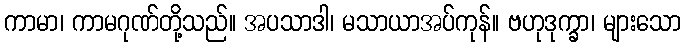
ကာမာ၊ ကာမဂုဏ်တို့သည်။ အပသာဒါ၊ မသာယာအပ်ကုန်။ ဗဟုဒုက္ခာ၊ များသော